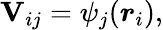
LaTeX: \mathbf{V}_{ij}=\psi_{j}(\boldsymbol{r}_{i}),